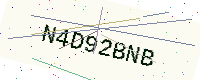
Text: N4D92BNB